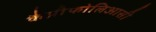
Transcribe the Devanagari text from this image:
कैप्रीफोलिआसी